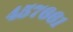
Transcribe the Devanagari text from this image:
४५७६६१